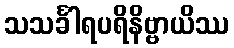
သသင်္ခါရပရိနိဗ္ဗာယိဿ